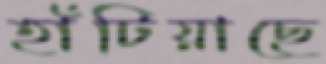
হাঁটিয়াছে